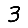
Digit: 3